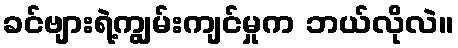
ခင်ဗျားရဲ့ကျွမ်းကျင်မှုက ဘယ်လိုလဲ။